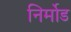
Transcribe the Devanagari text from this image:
निर्मोड